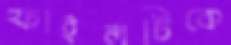
ফাইলটিকে